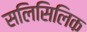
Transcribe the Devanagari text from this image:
सलिसिलिक